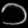
Digit: ၁